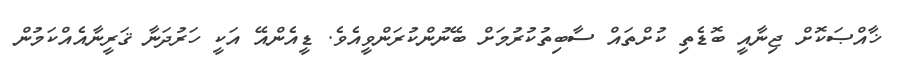
ޚާއްޞަކޮށް ޖިނާއީ ބޮޑެތި ކުށްތައް ސާބިތުކުރުމަށް ބޭނުންކުރަންވީއެވެ. ޑީއެންއޭ އަކީ ހަރުދަނާ ޤަރީނާއެއްކަމުން